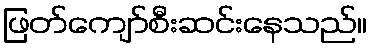
ဖြတ်ကျော်စီးဆင်းနေသည်။